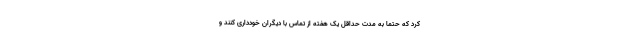
کرد که حتما به مدت حداقل یک هفته از تماس با دیگران خودداری کنند و